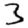
Digit: 3